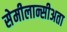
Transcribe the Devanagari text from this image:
सेमीलान्सीअता